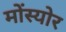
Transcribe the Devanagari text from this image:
मोंस्योर